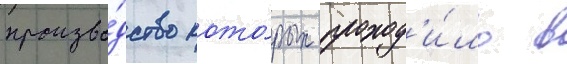
произво́дство кото́рых проход'и́ло в